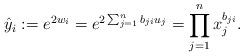
LaTeX: \begin{align*}\hat{y}_i &:= e^{2w_i} =e^{2\sum_{j=1}^n b_{ji} u_j}= \prod_{j=1}^n x_j^{b_{ji}}.\end{align*}